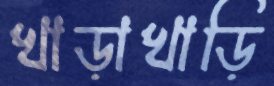
খাড়াখাড়ি